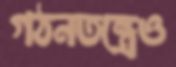
গঠনতন্ত্রেও